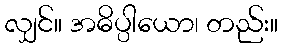
လျှင်။ အဓိပ္ပါယော၊ တည်း။